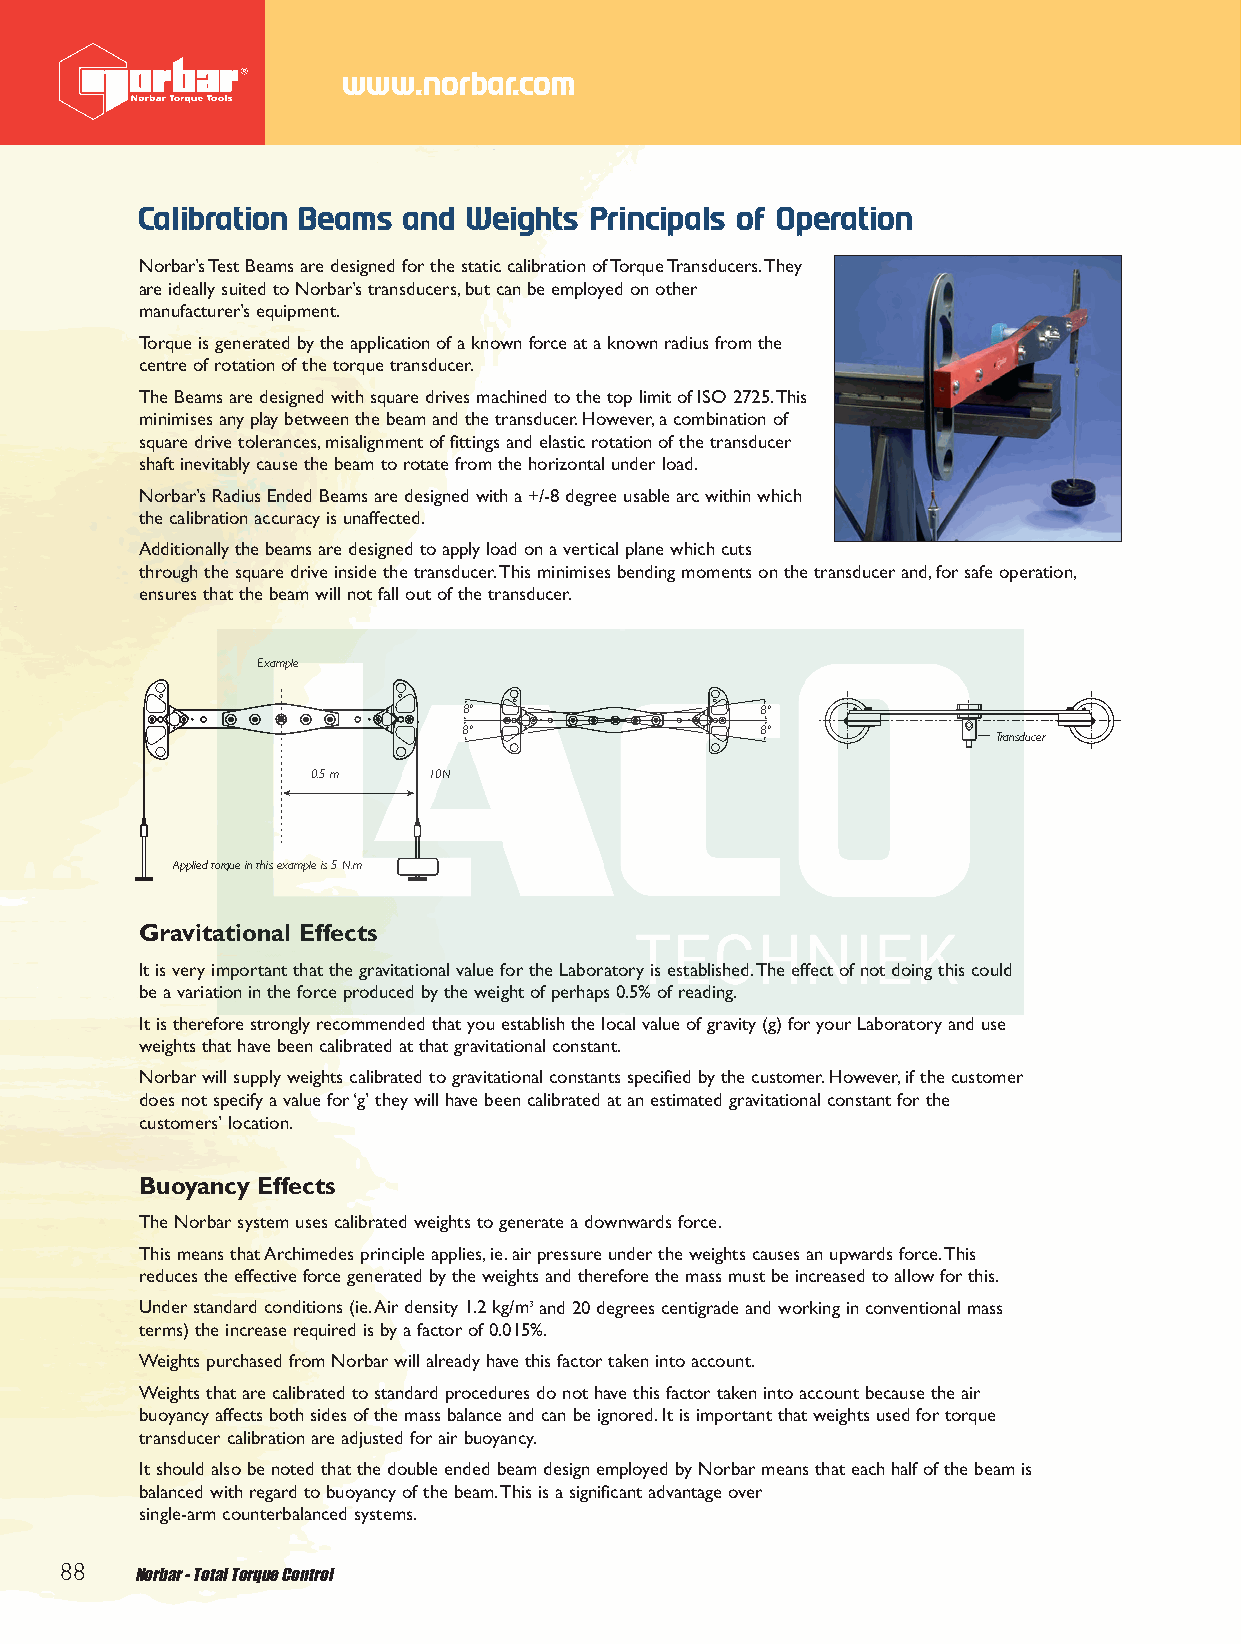
End 2012 Q6.qxd 30/10/12 9:04 am Page 88
 www.norbar.com
 Calibration Beams and Weights Principals of Operation
 Norbar’s Test Beams are designed for the static calibration of Torque Transducers.They
 are ideally suited to Norbar’s transducers,but can be employed on other
 manufacturer’s equipment.
 Torque is generated by the application of a known force at a known radius from the
 centre of rotation of the torque transducer.
 The Beams are designed with square drives machined to the top limit of ISO 2725.This
 minimises any play between the beam and the transducer.However,a combination of
 square drive tolerances,misalignment of fittings and elastic rotation of the transducer
 shaft inevitably cause the beam to rotate from the horizontal under load.
 Norbar’s Radius Ended Beams are designed with a +/-8 degree usable arc within which
 the calibration accuracy is unaffected.
 Additionally the beams are designed to apply load on a vertical plane which cuts
 through the square drive inside the transducer.This minimises bending moments on the transducer and,for safe operation,
 ensures that the beam will not fall out of the transducer.
 Example
 8º                 8º
 8º                  8º
 Transducer
 0.5 m   10N
 Applied torque in this example is 5 N.m
 Gravitational Effects
 It is very important that the gravitational value for the Laboratory is established.The effect of not doing this could
 be a variation in the force produced by the weight of perhaps 0.5% of reading.
 It is therefore strongly recommended that you establish the local value of gravity (g) for your Laboratory and use
 weights that have been calibrated at that gravitational constant.
 Norbar will supply weights calibrated to gravitational constants specified by the customer.However,if the customer
 does not specify a value for ‘g’ they will have been calibrated at an estimated gravitational constant for the
 customers’ location.
 Buoyancy Effects
 The Norbar system uses calibrated weights to generate a downwards force.
 This means that Archimedes principle applies,ie.air pressure under the weights causes an upwards force.This
 reduces the effective force generated by the weights and therefore the mass must be increased to allow for this.
 Under standard conditions (ie.Air density 1.2 kg/m3and 20 degrees centigrade and working in conventional mass
 terms) the increase required is by a factor of 0.015%.
 Weights purchased from Norbar will already have this factor taken into account.
 Weights that are calibrated to standard procedures do not have this factor taken into account because the air
 buoyancy affects both sides of the mass balance and can be ignored.It is important that weights used for torque
 transducer calibration are adjusted for air buoyancy.
 It should also be noted that the double ended beam design employed by Norbar means that each half of the beam is
 balanced with regard to buoyancy of the beam.This is a significant advantage over
 single-arm counterbalanced systems.
 88   Norbar - Total Torque Control